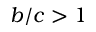
b / c > 1